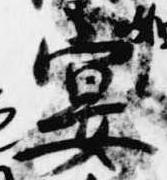
宴